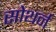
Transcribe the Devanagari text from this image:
सोथर्न